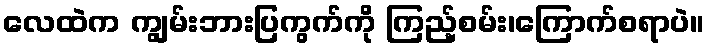
လေထဲက ကျွမ်းဘားပြကွက်ကို ကြည့်စမ်း၊ကြောက်စရာပဲ။